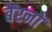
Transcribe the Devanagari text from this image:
बैंरनों